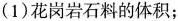
(1)花岗岩石料的体积；